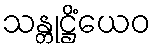
သန္တုဋ္ဌိံယေဝ